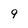
Character: 9